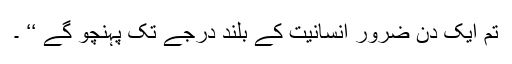
تم ایک دن ضرور انسانیت کے بلند درجے تک پہنچو گے ‘‘ ۔